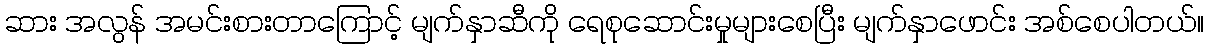
ဆား အလွန် အမင်းစားတာကြောင့် မျက်နှာဆီကို ရေစုဆောင်းမှုများစေပြီး မျက်နှာဖောင်း အစ်စေပါတယ်။